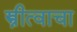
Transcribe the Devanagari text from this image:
स्त्रीत्वाचा